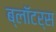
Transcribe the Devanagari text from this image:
ब्लॉटर्स